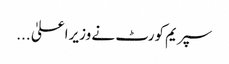
سپریم کورٹ نے وزیراعلیٰ ...